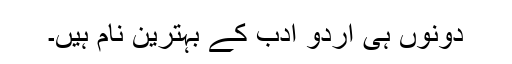
دونوں ہی اردو ادب کے بہترین نام ہیں۔